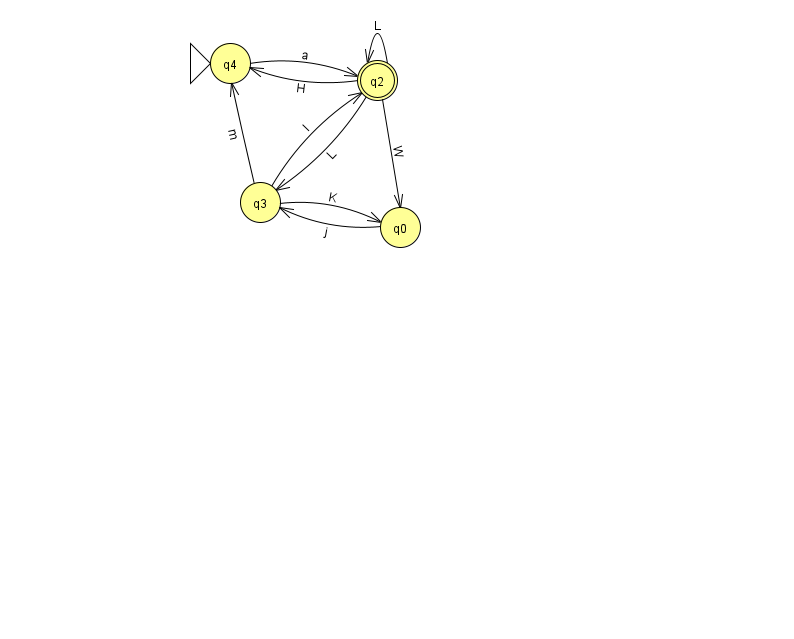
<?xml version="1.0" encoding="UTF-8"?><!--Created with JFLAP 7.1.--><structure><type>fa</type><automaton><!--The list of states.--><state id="0" name="q0"><x>400.0</x><y>214.0</y></state><state id="2" name="q2"><x>377.0</x><y>67.0</y><final/></state><state id="3" name="q3"><x>260.0</x><y>189.0</y></state><state id="4" name="q4"><x>230.0</x><y>50.0</y><initial/></state><!--The list of transitions.--><transition><from>4</from><to>2</to><read>a</read></transition><transition><from>0</from><to>3</to><read>j</read></transition><transition><from>3</from><to>0</to><read>K</read></transition><transition><from>2</from><to>0</to><read>W</read></transition><transition><from>2</from><to>4</to><read>H</read></transition><transition><from>2</from><to>2</to><read>L</read></transition><transition><from>3</from><to>4</to><read>m</read></transition><transition><from>2</from><to>3</to><read>L</read></transition><transition><from>3</from><to>2</to><read>l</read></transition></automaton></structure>